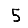
Digit: 5